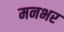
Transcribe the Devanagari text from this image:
मनभर